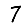
Digit: 7